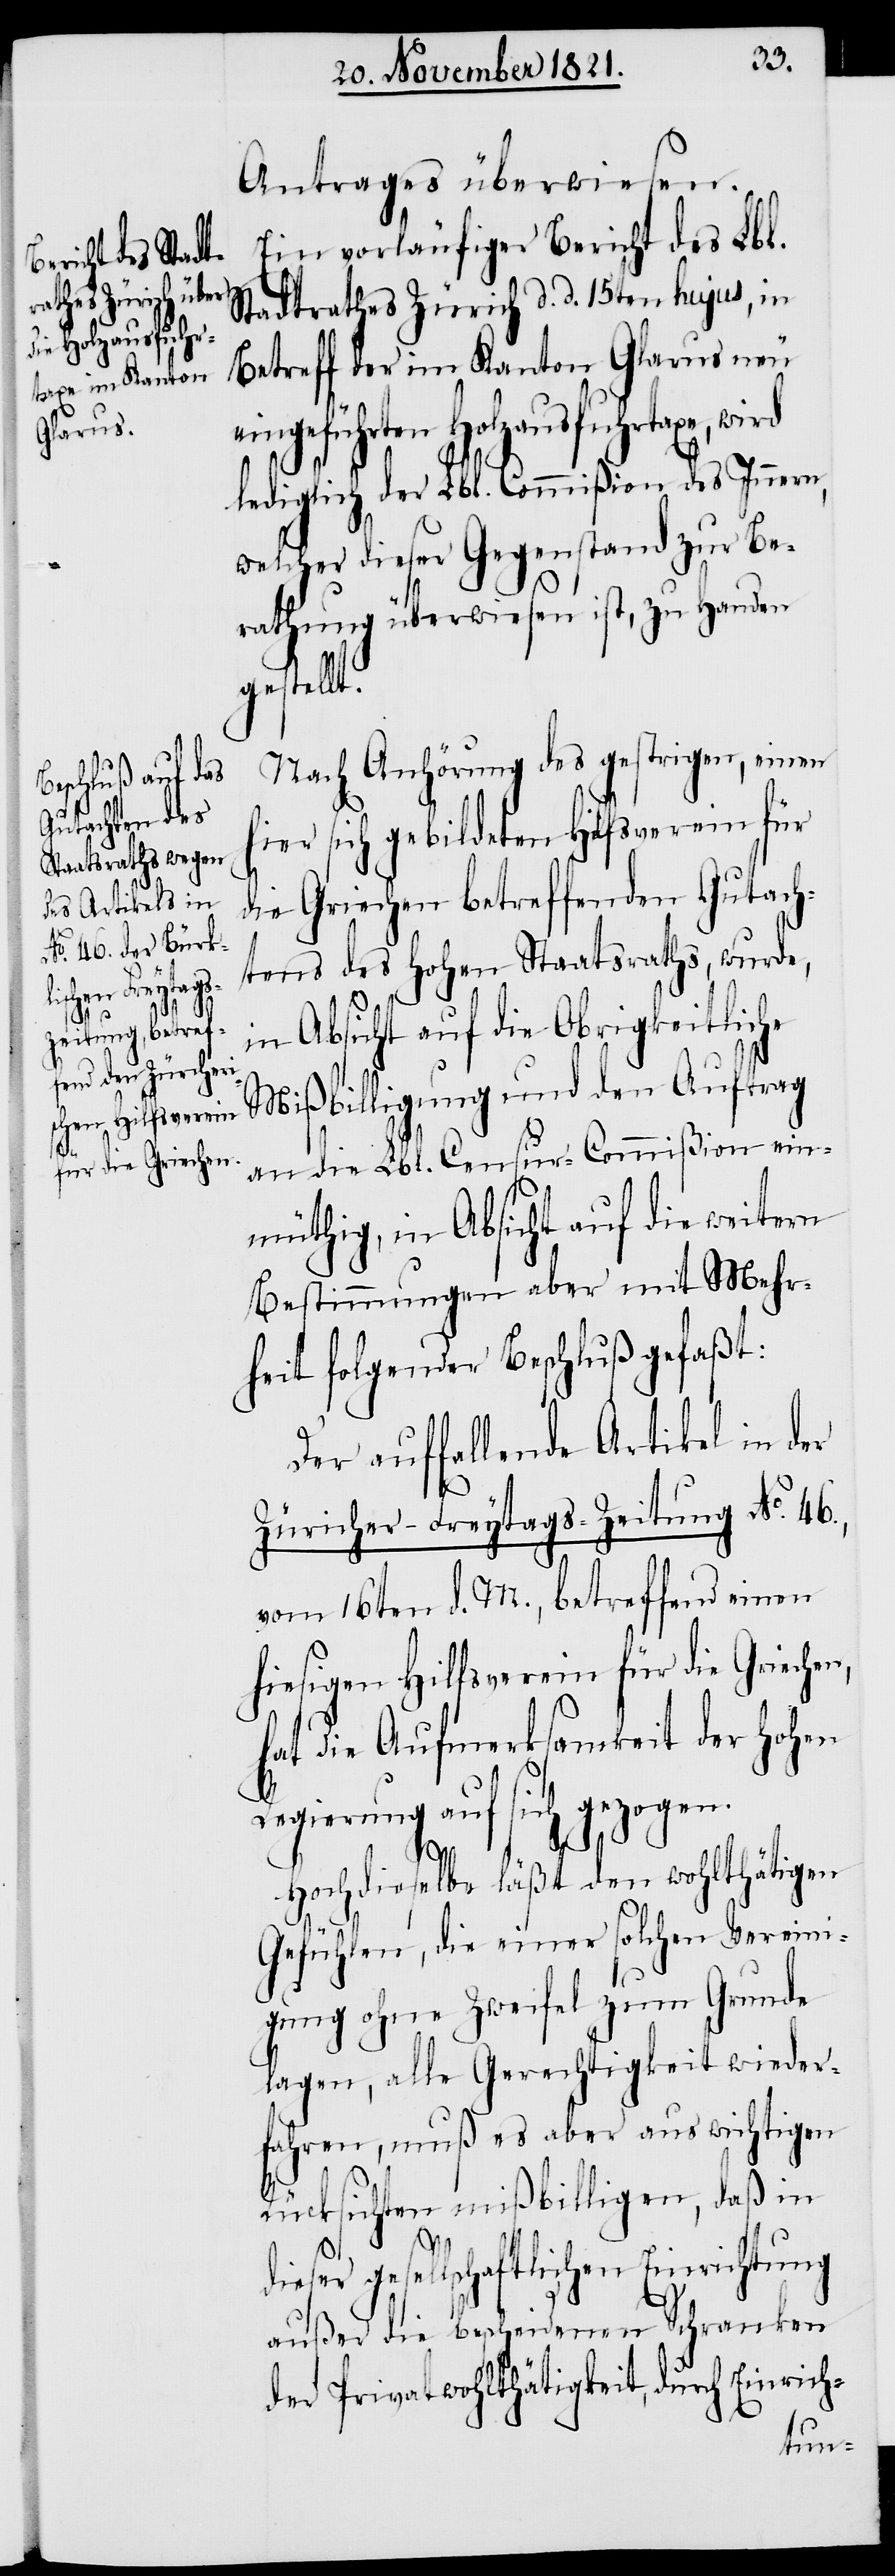
rd

Antrages überwiesen.
Ein vorläufiger Bericht des Lbl.
Stadtrathes Zürich d. d. 15ten hujus, in
Betreff der im Kanton Glarus neu
ingeführten Holzausfuhrtaxe, wi¬
lediglich der Lbl. Commißion des Innern,
welcher dieser Gegenstand zur Be¬
rathung überwiesen ist, zu Handen
gestellt.
Nach Anhörung des gestrigen, einen
hier sich gebildeten Hilfsverein für
die Griechen betreffenden Gutach¬
tens des Hohen Staatsraths, wurde,
in Absicht auf die Obrigkeitliche
Mißbilligung und den Auftrag
an die Lbl. Censur-Commißion ein¬
müthig, in Absicht auf die weitern
Bestimmungen aber mit Mehr¬
heit folgender Beschluß gefaßt:
Der auffallende Artikel in der
Züricher-Freytags-Zeitung No. 46.,
vom 16ten d. M., betreffend einen
hiesigen Hilfsverein für die Grieche¬
hat die Aufmerksamkeit der Hohen
Regierung auf sich gezogen.
Hochdieselbe läßt den wohlthätigen
n,
Gefühlen, die einer solchen Vereini¬
gung ohne Zweifel zum Grunde
lagen, alle Gerechtigkeit wieder¬
fahren, muß es aber aus wichtigen
Rücksichten mißbilligen, daß in
gesellschaftlichen Einrichtung
außer die bescheidenen Schranken
der Privatwohlthätigkeit, durch Einrich-